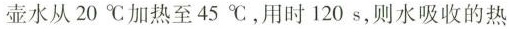
壶水从20℃加热至45℃，用时120s，则水吸收的热